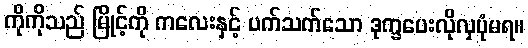
ကိုကိုသည် မြိုင့်ကို ကလေးနှင့် ပက်သက်သော ဒုက္ခပေးလိုလှပုံမရ။